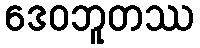
ဒေဝဘူတဿ